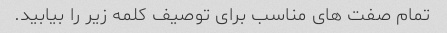
تمام صفت های مناسب برای توصیف کلمه زیر را بیابید.